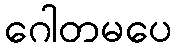
ဂေါတမပေ